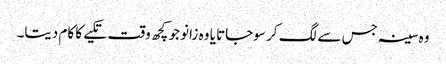
وہ سینہ جس سے لگ کر سوجاتا یا وہ زانو جو کچھ وقت تکیے کا کام دیتا۔